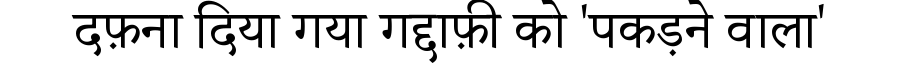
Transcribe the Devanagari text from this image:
दफ़ना दिया गया गद्दाफ़ी को 'पकड़ने वाला'